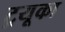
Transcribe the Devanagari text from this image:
ट्रयूका